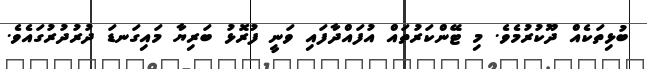
ބުޅިތަކެއް ދޫކުރުމެވެ. މި ޓޭންކަރުތައް އުފައްދާފައި ވަނީ ފުރޮޅު ބަރިޔާ މައިގަނޑަ ދުރުދުރުގައެވެ.